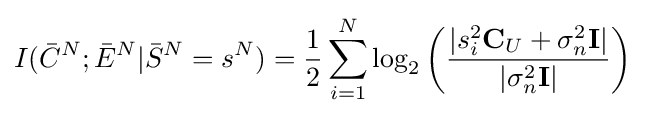
I({\bar {C}}^{N};{\bar {E}}^{N}|{\bar {S}}^{N}=s^{N})={\frac {1}{2}}\sum _{i=1}^{N}\log _{2}\left({\frac {|s_{i}^{2}\mathbf {C} _{U}+\sigma _{n}^{2}\mathbf {I} |}{|\sigma _{n}^{2}\mathbf {I} |}}\right)